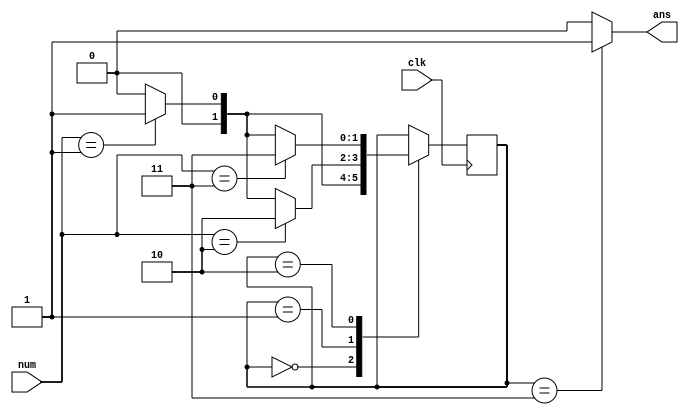
`timescale 1ns / 1ps
//////////////////////////////////////////////////////////////////////////////////
// Company: 
// Engineer: 
// 
// Design Name: 
// Module Name:    SeqCircuit0 
// Project Name: 
// Target Devices: 
// Tool versions: 
// Description: 
//
// Dependencies: 
//
// Revision: 
// Revision 0.01 - File Created
// Additional Comments: 
//
//////////////////////////////////////////////////////////////////////////////////
module counting0(
	input [1:0] num,
	input clk,
	output ans
    );
	reg [1:0] stat;
	initial begin
		stat = 0;
	end 
	`define S0 2'b00
	`define S1 2'b01
	`define S2 2'b10
	`define S3 2'b11
	
	
	always @(posedge clk) begin
		case(stat)
			`S0: stat <= (num==1) ? `S1 : `S0;
			`S1: stat <= (num==2) ? `S2 : (num==1) ? `S1 : `S0;
			`S2: stat <= (num==3) ? `S3 : (num==1) ? `S1 : `S0;
			default: ;
		endcase
	end
	
	assign ans = (stat==`S3)?1:0;


endmodule